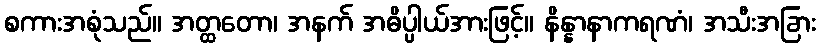
စကားအစုံသည်။ အတ္ထတော၊ အနက် အဓိပ္ပါယ်အားဖြင့်။ နိန္နာနာကရဏံ၊ အသီးအခြား